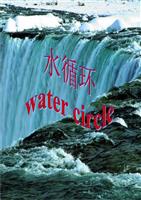
君不见，黄河之水天上来，奔流到海不复回。